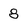
Character: 8